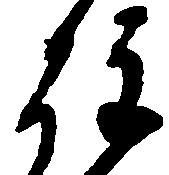
注